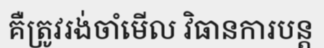
គឺត្រូវរង់ចាំមើល វិធានការបន្ត